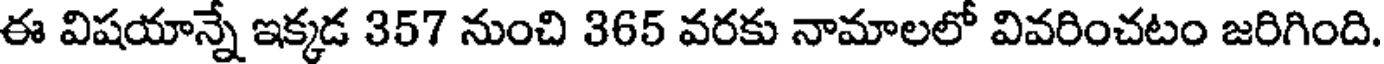
ఈ విషయాన్నే ఇక్కడ 357 నుంచి 365 వరకు నామాలలో వివరించటం జరిగింది